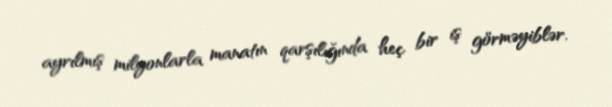
ayrılmış milyonlarla manatın qarşılığında heç bir iş görməyiblər.